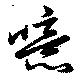
噫